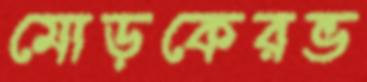
মোড়কেরভ